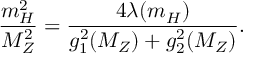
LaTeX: \frac { m _ { H } ^ { 2 } } { M _ { Z } ^ { 2 } } = \frac { 4 \lambda ( m _ { H } ) } { g _ { 1 } ^ { 2 } ( M _ { Z } ) + g _ { 2 } ^ { 2 } ( M _ { Z } ) } .